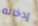
إدخاله